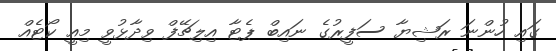
ގައި ހުންނަ ރަޝިޔާ ސަފީރުގެ ނައިބް ޕެޓާ އިލިޗޭފް ވިދާޅުވީ މިއީ ކޯޓެއް